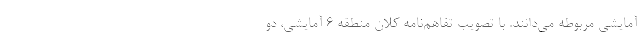
آمایشی مربوطه می‌دانند. با تصویب تفاهم‌نامه کلان منطقه ۶ آمایشی، دو